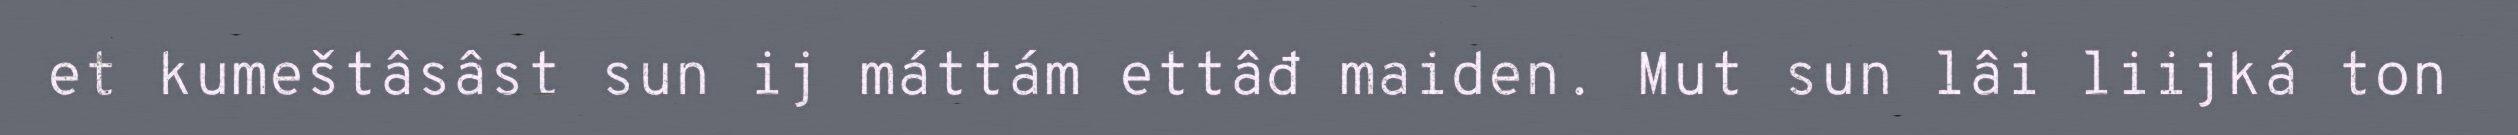
et kumeštâsâst sun ij máttám ettâđ maiden. Mut sun lâi liijká ton